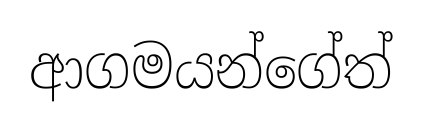
ආගමයන්ගේත්